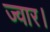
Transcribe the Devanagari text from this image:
ज्वार।